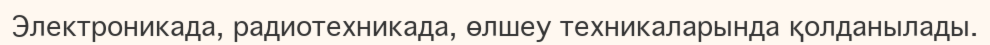
Электроникада, радиотехникада, өлшеу техникаларында қолданылады.